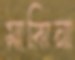
মাঝিনা